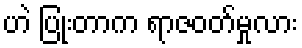
ဟဲ ပြုံးတာက ရာဇဝတ်မှုလား